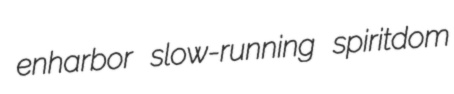
enharbor slow-running spiritdom